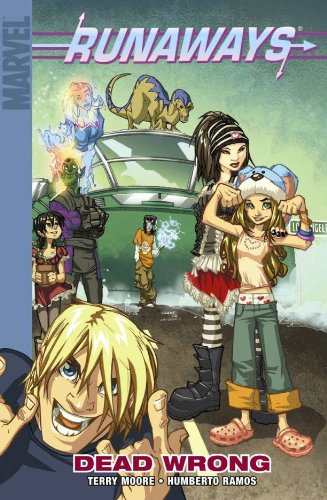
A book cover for Runaways - Volume 9: Dead Wrong; Terry Moore; Comics & Graphic Novels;